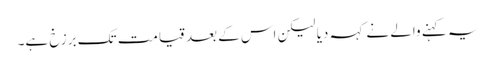
یہ کہنے والے نے کہہ دیا لیکن اس کے بعد قیامت تک برزخ ہے۔